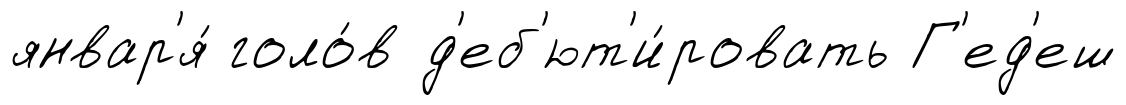
январ'я́ голо́в д'еб'ют'и́ровать Г'ед'еш